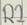
Text: R2